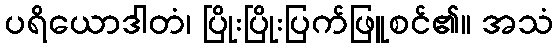
ပရိယောဒါတံ၊ ပြိုးပြိုးပြက်ဖြူစင်၏။ အသံ